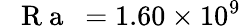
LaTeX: \mathrm{~\textit~{~R~a~}~}=1.60\times 10^{9}